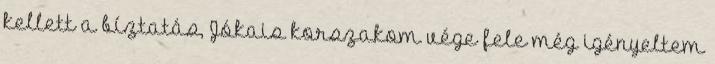
kellett a bíztatás, Jókais korszakom vége fele még igényeltem